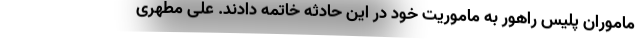
ماموران پلیس راهور به ماموریت خود در این حادثه خاتمه دادند. علی مطهری